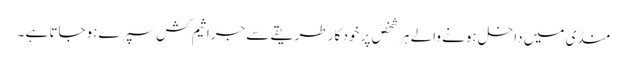
منڈی میں داخل ہونے والے ہر شخص پر خود کار طریقے سے جراثیم کش سپرے ہوجاتا ہے ۔